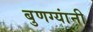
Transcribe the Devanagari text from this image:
बुणग्यांनी